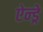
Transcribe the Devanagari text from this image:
ऐन्ड्रे